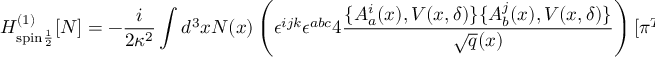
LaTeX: H _ { \mathrm { s p i n \frac { 1 } { 2 } } } ^ { ( 1 ) } [ N ] = - \frac { i } { 2 \kappa ^ { 2 } } \int d ^ { 3 } x N ( x ) \left( \epsilon ^ { i j k } \epsilon ^ { a b c } 4 \frac { \{ A _ { a } ^ { i } ( x ) , V ( x , \delta ) \} \{ A _ { b } ^ { j } ( x ) , V ( x , \delta ) \} } { \sqrt { q } ( x ) } \right) [ \pi ^ { T } \tau _ { k } { \cal D } _ { c } \xi - c . c . ]